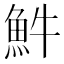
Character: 𩵠